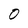
Character: 0